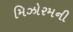
મિઝોરમની